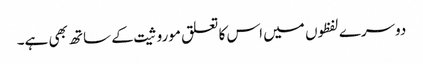
دوسرے لفظوں میں اس کا تعلق موروثیت کے ساتھ بھی ہے۔